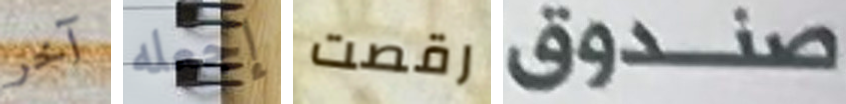
آخر إجعله رقصت صندوق